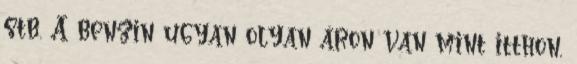
stb. A benzin ugyan olyan áron van mint itthon,